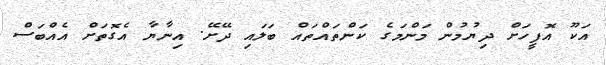
އަކޫ އޮފީހަށް ދިޔުމުން މަންމަގެ ކަންތައްތައް ބަލައި ދޭށޭ. އިނާޔާ އެގޮތަށް އެއްބަސް